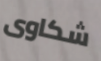
شكاوى